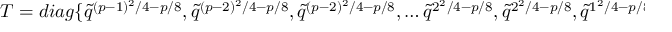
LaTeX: T = d i a g \{ \tilde { q } ^ { ( p - 1 ) ^ { 2 } / 4 - p / 8 } , \tilde { q } ^ { ( p - 2 ) ^ { 2 } / 4 - p / 8 } , \tilde { q } ^ { ( p - 2 ) ^ { 2 } / 4 - p / 8 } , \ldots \tilde { q } ^ { 2 ^ { 2 } / 4 - p / 8 } , \tilde { q } ^ { 2 ^ { 2 } / 4 - p / 8 } , \tilde { q } ^ { 1 ^ { 2 } / 4 - p / 8 } \}